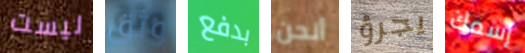
ليست وثق بدفع أنحن يجرؤ إسمك